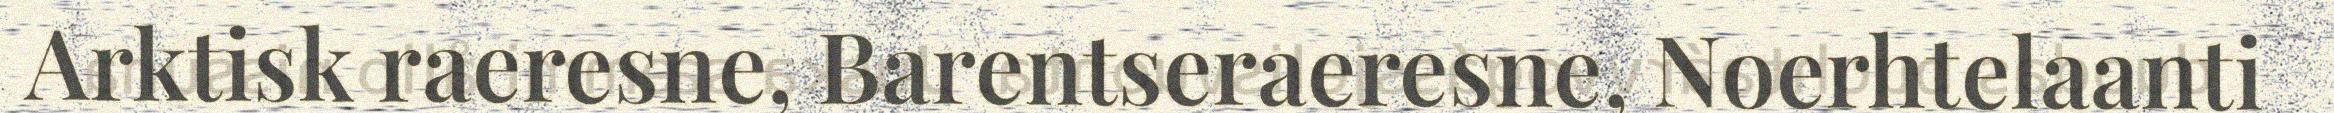
Arktisk raeresne, Barentseraeresne, Noerhtelaanti